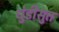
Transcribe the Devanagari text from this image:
धुंडीसुत